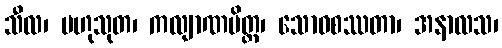
သီလ၊ ဗဟုသုတ၊ ကလျာဏမိတ္တ၊ သောဝစဿတာ၊ အနာလသ၊